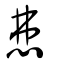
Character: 𢘍